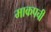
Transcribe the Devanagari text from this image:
माकपची